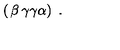
\left( \begin{matrix} { \beta } & { \gamma } \\ { \gamma } & { \alpha } \\ \end{matrix} \right) \ .